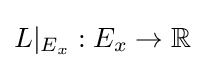
{\textstyle L|_{E_{x}}:E_{x}\to \mathbb {R} }